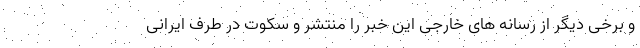
و برخی دیگر از رسانه های خارجی این خبر را منتشر و سکوت در طرف ایرانی